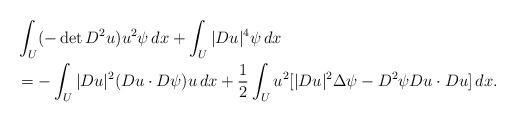
LaTeX: \begin{align*} & \int_U(-\det D^2u )u^2\psi\,dx + \int_U |Du|^4\psi \,dx\\&=-\int_U |Du|^2 (Du\cdot D\psi) u \,dx +\frac12\int_U u^2[ |Du|^2\Delta\psi -D^2\psi Du\cdot Du] \,dx. \end{align*}